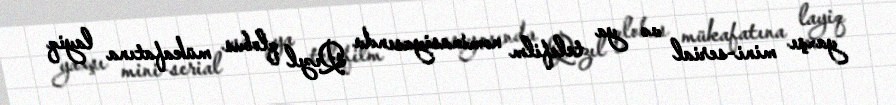
yaxşı mini-serial və ya telefilm nominasiyasında Qızıl qlobus mükafatına layiq